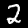
Label: 2